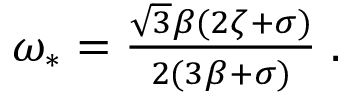
\begin{array} { r } { \omega _ { * } = \frac { \sqrt { 3 } \beta ( 2 \zeta + \sigma ) } { 2 ( 3 \beta + \sigma ) } \; . } \end{array}